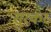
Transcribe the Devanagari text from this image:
सुरकर